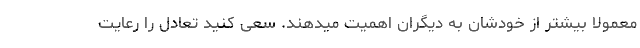
معمولا بیشتر از خودشان به دیگران اهمیت میدهند. سعی کنید تعادل را رعایت